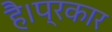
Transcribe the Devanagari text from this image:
है।प्रकार